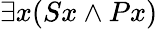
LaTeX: \exists x(Sx\land Px)